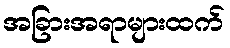
အခြားအရာများထက်